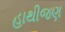
હાથીજણ